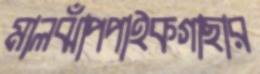
মালঝাঁপপাইকগাছার